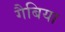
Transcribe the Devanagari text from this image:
गैबिया